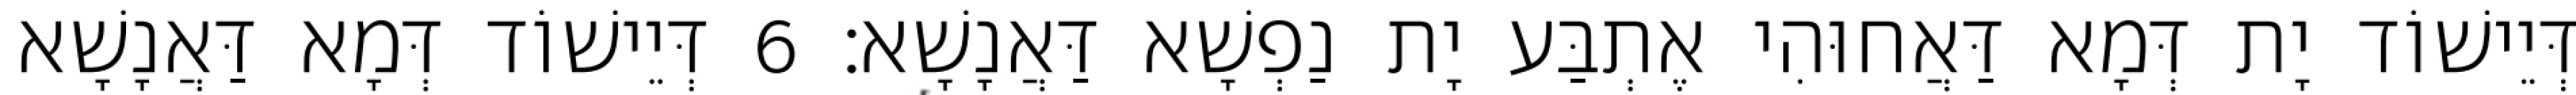
דְּיֵישׁוֹד יָת דְּמָא דַּאֲחוּהִי אֶתְבַּע יָת נַפְשָׁא דַּאֲנָשָׁא׃ 6 דְּיֵישׁוֹד דְּמָא דַּאֲנָשָׁא